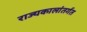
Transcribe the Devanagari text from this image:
राज्यकालांतर्गत